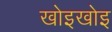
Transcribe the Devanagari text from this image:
खोइखोइ